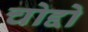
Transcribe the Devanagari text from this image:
चोद्दो